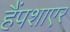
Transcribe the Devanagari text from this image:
हैंपशाएर